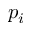
p _ { i }